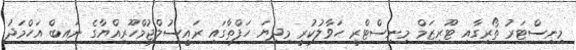
މިނިސްޓަރު ތޯރިގާއި ޓޫރިޒަމް މިނިސްޓްރީ ހަވާލުކުރީ މިދިޔަ ހަފްތާގައި ރައީސުލްޖުމްހޫރިއްޔާގެ ނައިބް އަހްމަދު